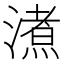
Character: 㵭